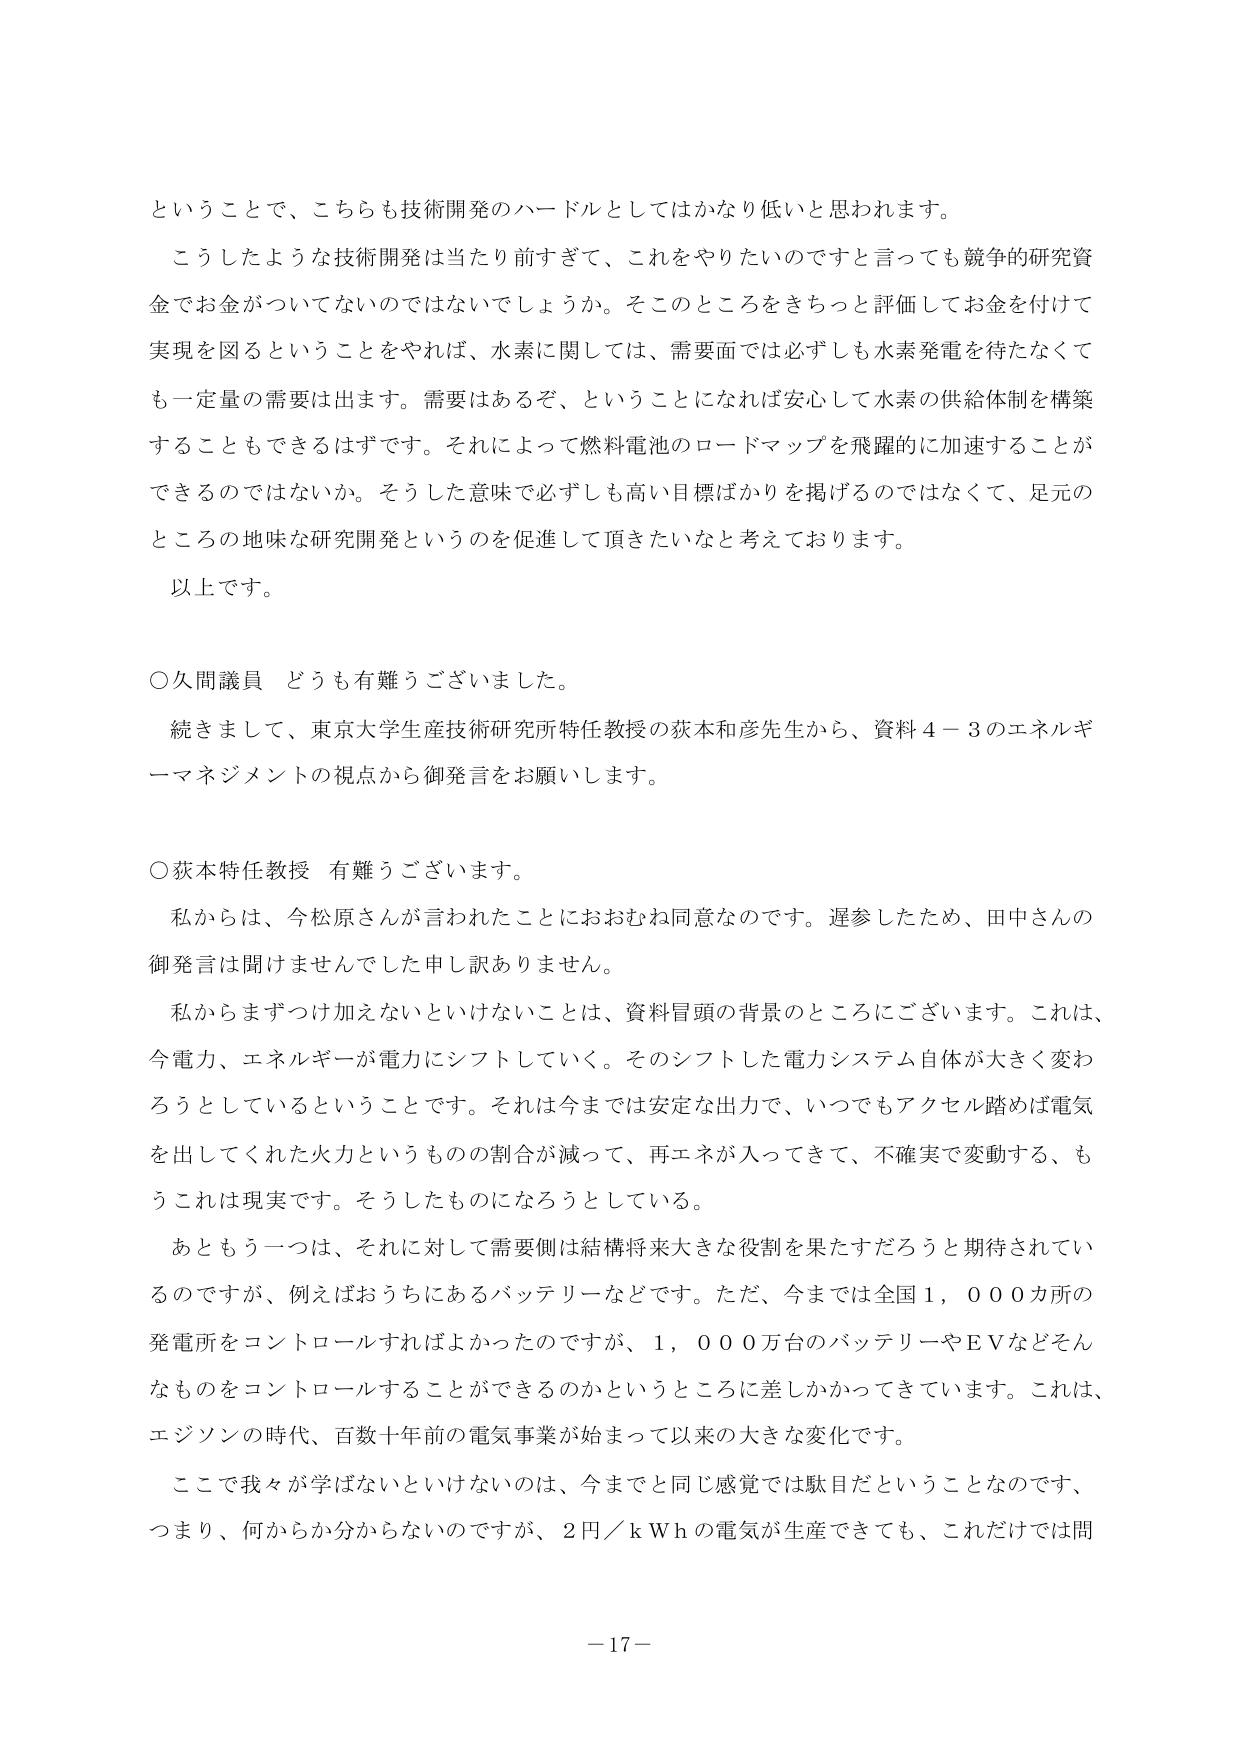
ということで、こちらも技術開発のハードルとしてはかなり低いと思われます。

こうしたような技術開発は当たり前すぎて、これをやりたいのですと言っても競争的研究資金でお金がついてないのではないでしょうか。そこのところをきちっと評価してお金を付けて実現を図るということをやれば、水素に関しては、需要面では必ずしも水素発電を待たなくても一定量の需要は出ます。需要はあるぞ、ということになれば安心して水素の供給体制を構築することもできるはずです。それによって燃料電池のロードマップを飛躍的に加速することができるのではないか。そうした意味で必ずしも高い目標ばかりを掲げるのではなくて、足元のところの地味な研究開発というのを促進して頂きたいなと考えております。

以上です。

○久間議員 どうも有難うございました。

続きまして、東京大学生産技術研究所特任教授の荻本和彦先生から、資料４－３のエネルギーマネジメントの視点から御発言をお願いします。

○荻本特任教授 有難うございます。

私からは、今松原さんが言われたことにおおむね同意なのです。遅参したため、田中さんの御発言は聞けませんでした申し訳ありません。

私からまずつけ加えないといけないことは、資料冒頭の背景のところにございます。これは、今電力、エネルギーが電力にシフトしていく。そのシフトした電力システム自体が大きく変わろうとしているということです。それは今までは安定な出力で、いつでもアクセル踏めば電気を出してくれた火力というものの割合が減って、再エネが入ってきて、不確実で変動する、もうこれは現実です。そうしたものになろうとしている。

あともう一つは、それに対して需要側は結構将来大きな役割を果たすだろうと期待されているのですが、例えばおうちにあるバッテリーなどです。ただ、今までは全国１，０００カ所の発電所をコントロールすればよかったのですが、１，０００万台のバッテリーやＥＶなどそんなものをコントロールすることができるのかというところに差しかかってきています。これは、エジソンの時代、百数十年前の電気事業が始まって以来の大きな変化です。

ここで我々が学ばないといけないのは、今までと同じ感覚では駄目だということなのです、つまり、何からか分からないのですが、２円／ｋＷｈの電気が生産できても、これだけでは問

－17－